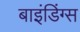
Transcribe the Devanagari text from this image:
बाइंडिंग्स